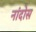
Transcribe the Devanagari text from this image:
नांदोस